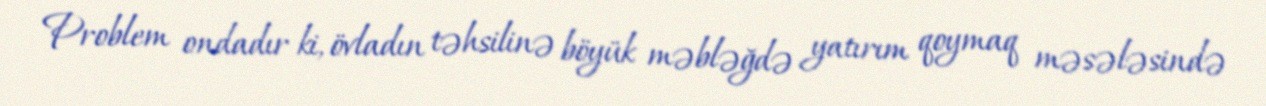
Problem ondadır ki, övladın təhsilinə böyük məbləğdə yatırım qoymaq məsələsində